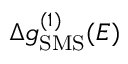
\Delta g _ { \mathrm { S M S } } ^ { ( 1 ) } ( E )